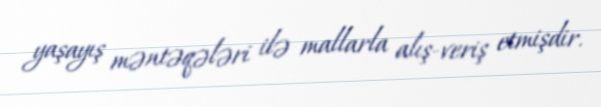
yaşayış məntəqələri ilə mallarla alış-veriş etmişdir.